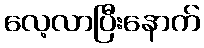
လေ့လာပြီးနောက်